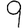
Digit: 9